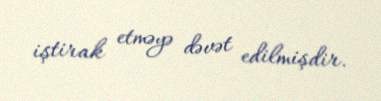
iştirak etməyə dəvət edilmişdir.